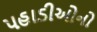
પહાડીઓનો